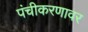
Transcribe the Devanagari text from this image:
पंचीकरणावर